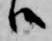
候